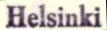
Helsinki